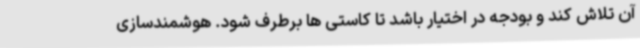
آن تلاش کند و بودجه در اختیار باشد تا کاستی ها برطرف شود. هوشمندسازی